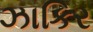
ઝાકિર